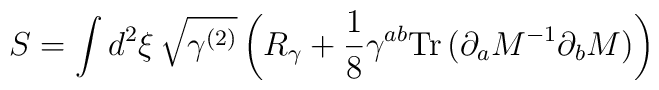
S=\int d^{2}\xi \,\sqrt{\gamma ^{(2)}}\left( R_{\gamma }+{\frac{1}{8}}\gamma^{ab}{\rm Tr}\,(\partial _{a}M^{-1}\partial _{b}M)\right)